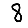
Digit: 8